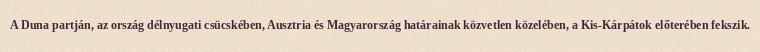
A Duna partján, az ország délnyugati csücskében, Ausztria és Magyarország határainak közvetlen közelében, a Kis-Kárpátok előterében fekszik.